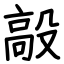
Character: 毃